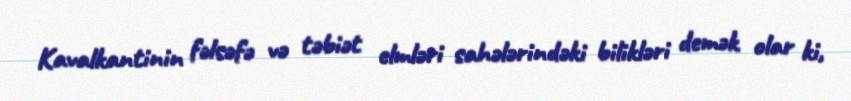
Kavalkantinin fəlsəfə və təbiət elmləri sahələrindəki bilikləri demək olar ki,